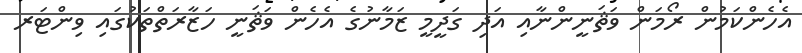
އެހެންކަމުން ރޯމަން ވަޘަނީންނާއި އަދި ގަދީމީ ޒަމާނުގެ އެހެން ވަޘަނީ ހަޒާރަތްތަކުގައި ވިންޓަރ